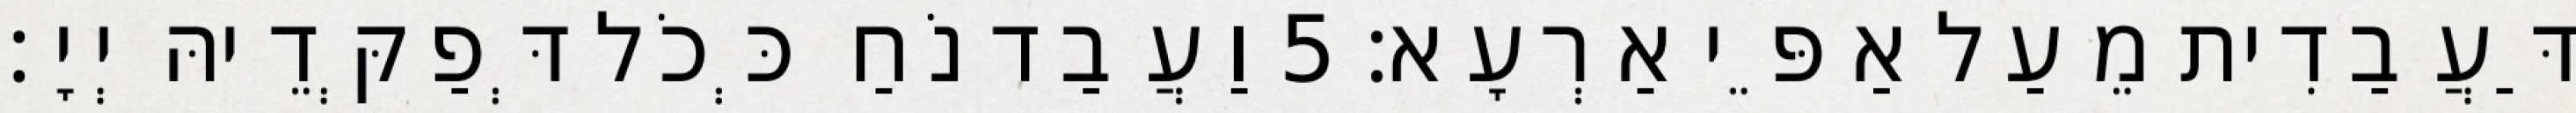
דַּעֲבַדִית מֵעַל אַפֵּי אַרְעָא׃ 5 וַעֲבַד נֹחַ כְּכֹל דְּפַקְּדֵיהּ יְיָ׃